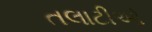
તલાટીઓ